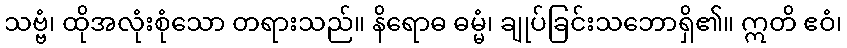
သဗ္ဗံ၊ ထိုအလုံးစုံသော တရားသည်။ နိရောဓ ဓမ္မံ၊ ချုပ်ခြင်းသဘောရှိ၏။ ဣတိ ဧဝံ၊